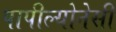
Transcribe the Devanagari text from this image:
पापील्योनेसी